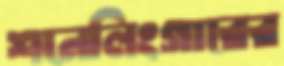
শনেলিংগারের